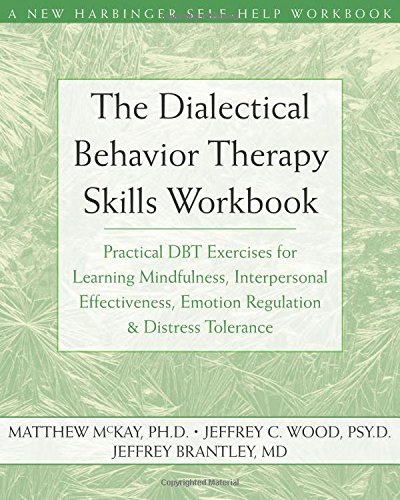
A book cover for The Dialectical Behavior Therapy Skills Workbook: Practical DBT Exercises for Learning Mindfulness, Interpersonal Effectiveness, Emotion Regulation & ... Tolerance (New Harbinger Self-Help Workbook); Matthew McKay; Health, Fitness & Dieting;